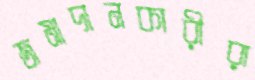
জমাদানকারীরা